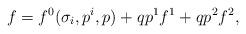
LaTeX: \begin{align*}f=f^0(\sigma_i,p^i,p)+ qp^1f^1+ qp^2f^2,\end{align*}